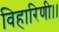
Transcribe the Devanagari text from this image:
विहारिणी।।